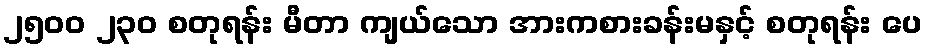
၂၅၀၀ ၂၃၀ စတုရန်း မီတာ ကျယ်သော အားကစားခန်းမနှင့် စတုရန်း ပေ